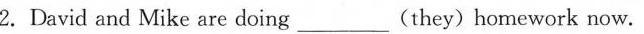
2.David and Mike are doing____(they)homework now.